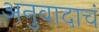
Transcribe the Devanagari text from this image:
अनुवादाचं